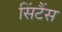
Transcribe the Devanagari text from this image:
सिंटैंस